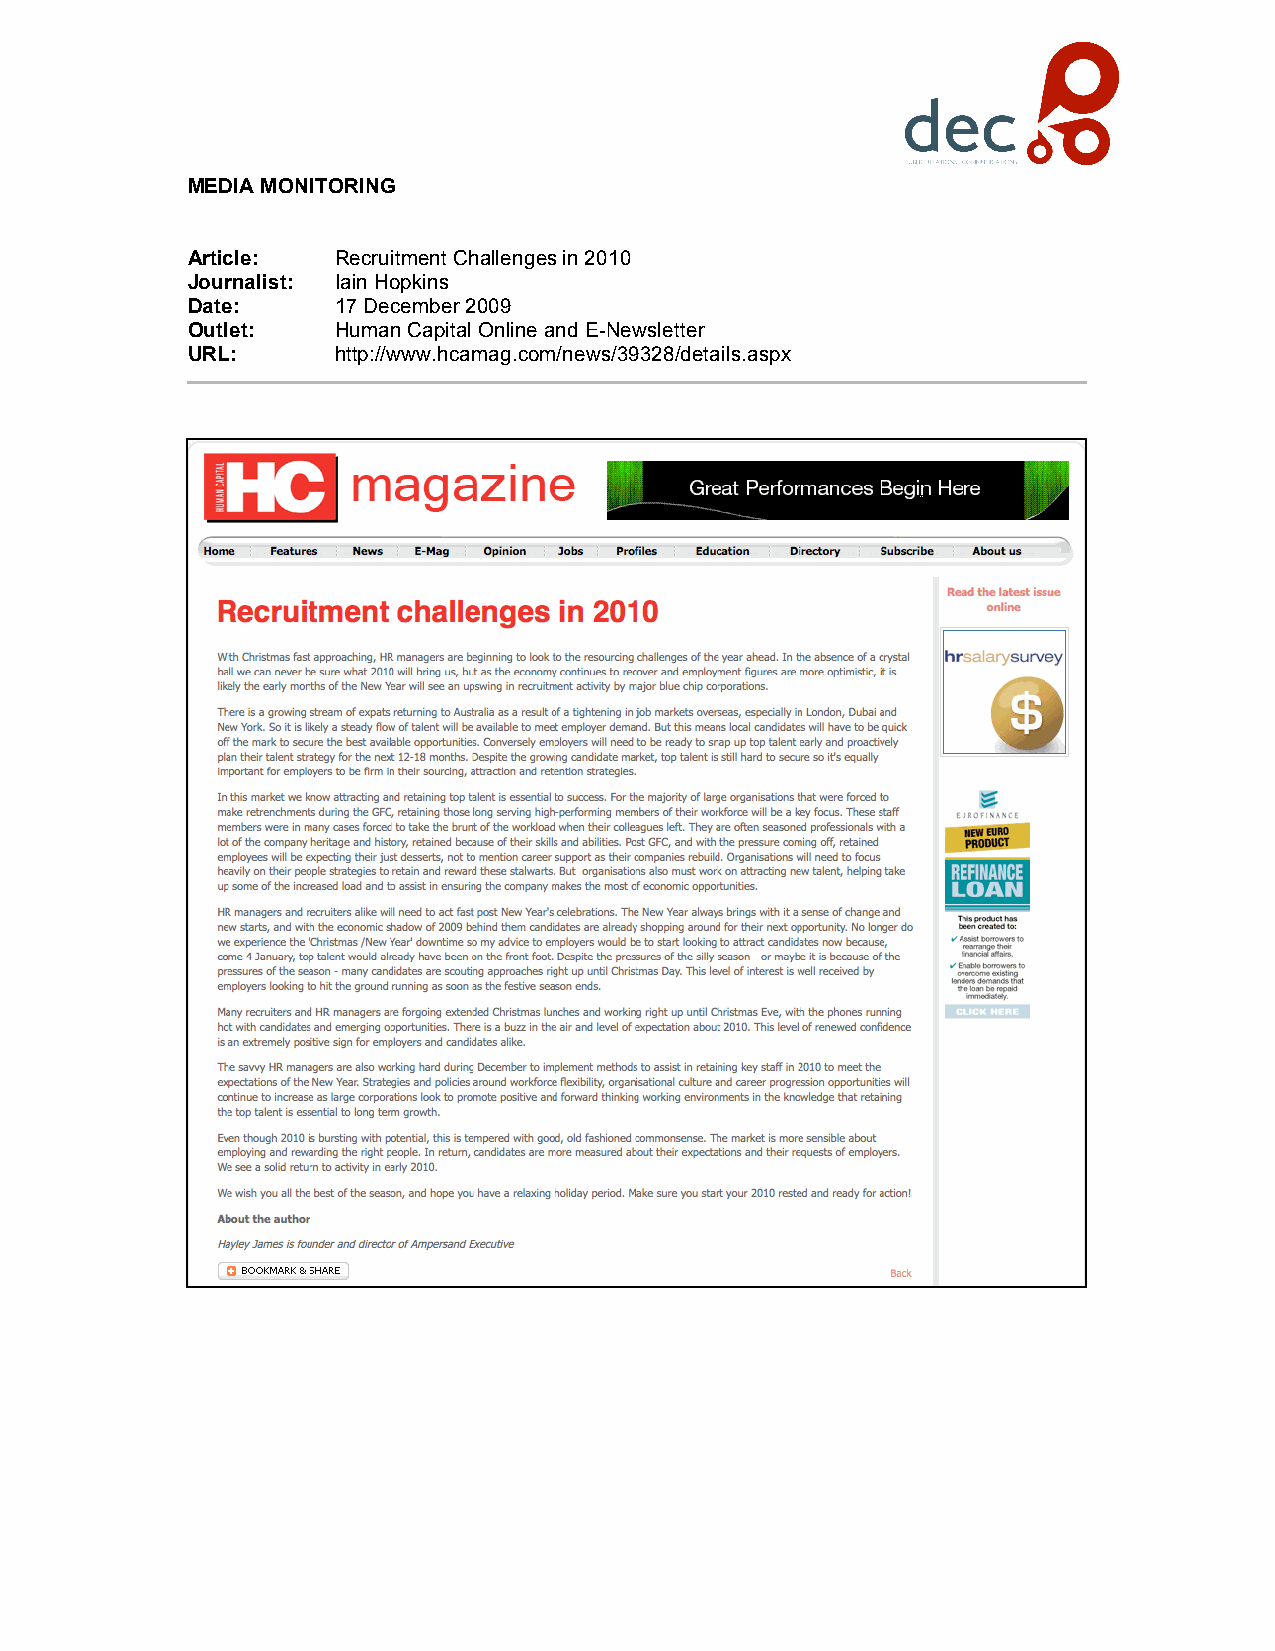
MEDIA MONITORING
 Article:  Recruitment Challenges in 2010
 Journalist: Iain Hopkins
 Date:     17 December 2009
 Outlet:   Human Capital Online and E-Newsletter
 URL:      http://www.hcamag.com/news/39328/details.aspx